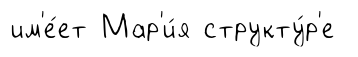
им'е́ет Мар'и́я структу́р'е